Leaving Certificate, 1901
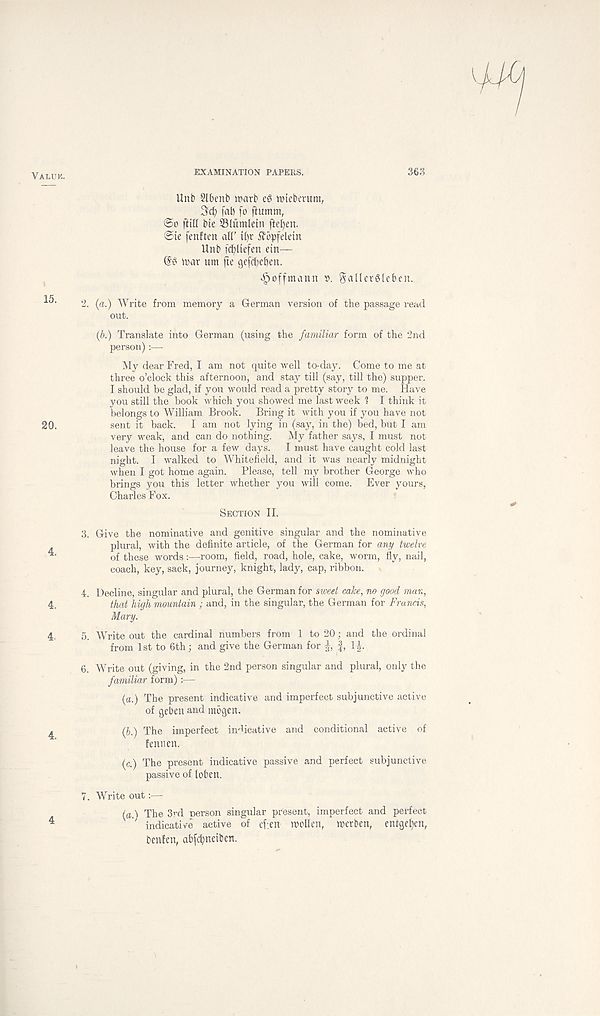
EXAMINATION PAPERS.
363
Unb Slbenb irarb eg tmeberum,
fab fo ftumm,
©o ftifl bte SSh’imletn fte^en.
©ie fenften all’ tf)r ^opfeletn
Unb fcbltefen ein—
@g inar um jte gefcbeben.
^offmann ». S^Uerglcben.
2. (a.) Write from memory a German version of the passage read
out.
(b.) Translate into German (using the familiar form of the 2nd
person) :—
My dear Fred, I am not quite well to-day. Come to me at
three o’clock this afternoon, and stay till (say, till the) supper.
I should be glad, if you would read a pretty story to me. Have
you still the book which you showed me last week 1 I think it
belongs to William Brook. Bring it with you if you have not
sent it back. I am not lying in (say, in the) bed, but I am
very weak, and can do nothing. My father says, I must not
leave the house for a few days. I must have caught cold last
night. I walked to Whitefield, and it was nearly midnight
when I got home again. Please, tell my brother George who
brings you this letter whether you will come. Ever yours,
Charles Fox.
Section II.
3. Give the nominative and genitive singular and the nominative
plural, with the definite article, of the German for any twelve
of these words:—room, field, road, hole, cake, worm, fly, nail,
coach, key, sack, journey, knight, lady, cap, ribbon.
4. Decline, singular and plural, the German for sweet cake, no good man,
that high mountain ; and, in the singular, the German for Francis,
Mary.
5. Write out the cardinal numbers from 1 to 20; and the ordinal
from 1st to 6th; and give the German for f, If
6. Write out (giving, in the 2nd person singular and plural, oidy the
familiar form) :—
(a.) The present indicative and imperfect subjunctive active
of geben and mbgen.
(&.) The imperfect indicative and conditional active of
fennen.
(e.) The present indicative passive and perfect subjunctive
passive of loben.
7. Write out:—
(a.) The 3rd person singular present, imperfect and perfect
indicative active of efen wollen, werben, entget)cn,
benfen, abfdjnetben.